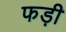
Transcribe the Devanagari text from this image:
फड़ी